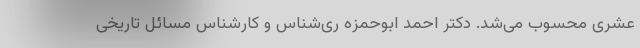
عشری محسوب می‌شد. دکتر احمد ابوحمزه ری‌شناس و کارشناس مسائل تاریخی